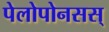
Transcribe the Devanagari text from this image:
पेलोपोनसस्‌